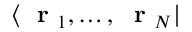
\langle \mathrm { ~ \bf ~ r ~ } _ { 1 } , \dots , \mathrm { ~ \bf ~ r ~ } _ { N } |